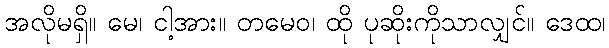
အလိုမရှိ။ မေ၊ ငါ့အား။ တမေဝ၊ ထို ပုဆိုးကိုသာလျှင်။ ဒေထ၊